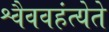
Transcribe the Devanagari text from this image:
श्वैववहंत्येते